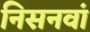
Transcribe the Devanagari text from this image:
निसनवां